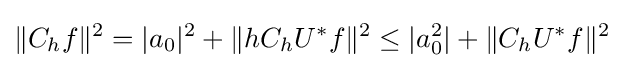
\|C_{h}f\|^{2}=|a_{0}|^{2}+\|hC_{h}U^{*}f\|^{2}\leq |a_{0}^{2}|+\|C_{h}U^{*}f\|^{2}